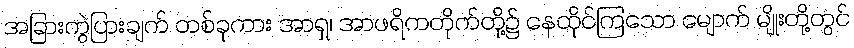
အခြားကွဲပြားချက် တစ်ခုကား အာရှ၊ အာဖရိကတိုက်တို့၌ နေထိုင်ကြသော မျောက် မျိုးတို့တွင်